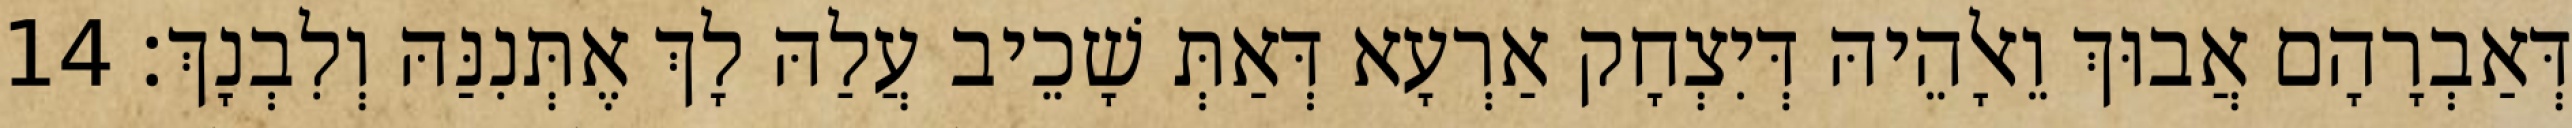
דְּאַבְרָהָם אֲבוּךְ וֵאלָהֵיהּ דְּיִצְחָק אַרְעָא דְּאַתְּ שָׁכֵיב עֲלַהּ לָךְ אֶתְּנִנַּהּ וְלִבְנָךְ׃ 14